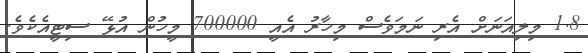
1.8 މިލިއަނަށް އެރި ނަމަވެސް މިހާރު އެއީ 700000 މީހުން އުޅޭ ސިޓީއެކެވެ.